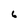
Character: 6